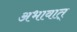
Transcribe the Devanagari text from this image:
अभावात्